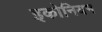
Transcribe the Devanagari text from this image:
इकोनियम